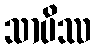
သာပိဿ